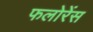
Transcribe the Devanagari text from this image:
फलोरेंस